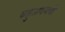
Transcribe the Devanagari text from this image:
बहुअवयवी